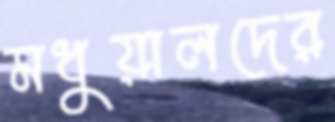
মধুয়ালদের